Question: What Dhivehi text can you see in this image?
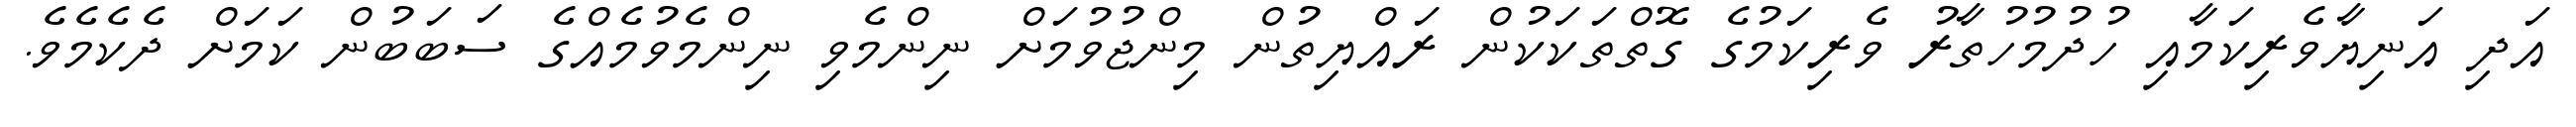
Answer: އަދި އަނިޔާވެރިކަމާއި ހުދުމުހުތާރު ވެރިކަމުގެ ގޮތްތަކަކުން ރައްޔިތުން މިންޖުވުމަށް ނިންމެވި ނިންމެވުމެއްގެ ސަބަބުން ކަމަށް ދެކެމެވެ.